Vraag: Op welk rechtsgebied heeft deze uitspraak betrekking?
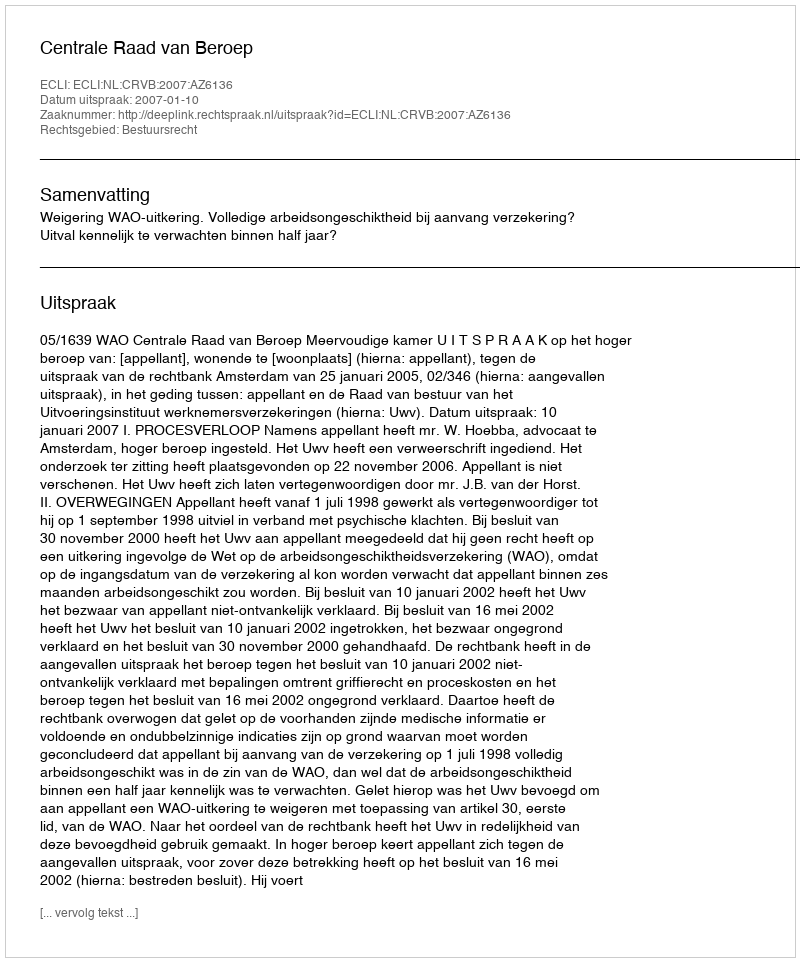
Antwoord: Bestuursrecht